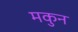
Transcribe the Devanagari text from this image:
मकुन